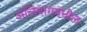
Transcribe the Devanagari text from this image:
अलिबागमधील